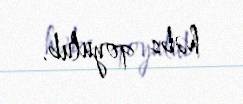
həbs qoyulub.